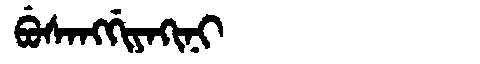
Manchu: ᠪᡠᠰᠠᠩᡤᡳᠶᠠᡴᡳᠨᡳ
Romanization: BUSANGGIYAKINI